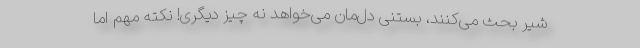
شیر بحث می‌کنند، بستنی دل‌مان می‌خواهد نه چیز دیگری! نکته مهم اما